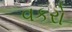
વકરો